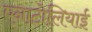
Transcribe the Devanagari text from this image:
एनाटोलियाई